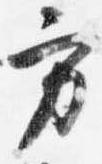
方